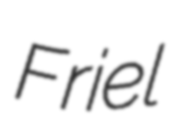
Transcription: Friel